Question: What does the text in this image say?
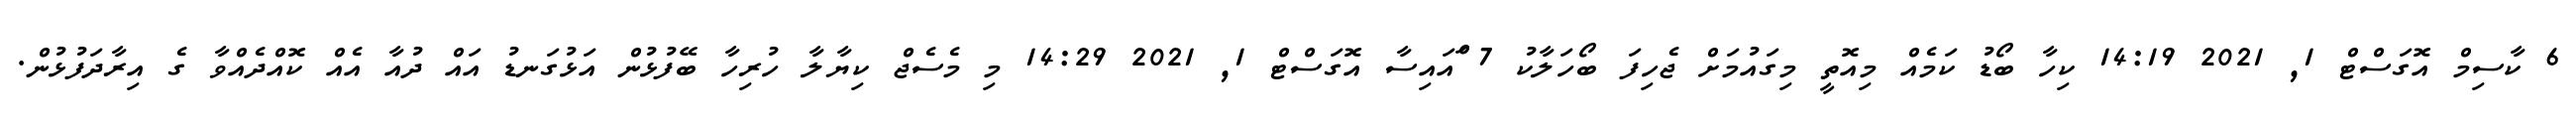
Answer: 6 ކާސިމް އޮގަސްޓް 1, 2021 14:19 ކިހާ ބޯޑު ކަމެއް މިއޮތީ މިގައުމަށް ޖެހިފަ ބޯހަލާކު 7 ަްއައިސާ އޮގަސްޓް 1, 2021 14:29 މި މެސެޖް ކިޔާލާ ހުރިހާ ބޭފުޅުން އަޅުގަނޑު އައް ދުއާ އެއް ކޮއްދެއްވާ ގެ އިރާދަފުޅުން.